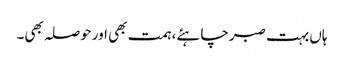
ہاں بہت صبرچاہئے، ہمت بھی اورحوصلہ بھی۔